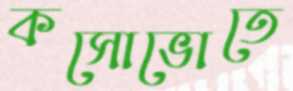
কসোভোতে